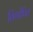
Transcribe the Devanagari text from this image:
विगोपित